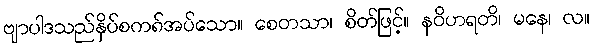
ဗျာပါဒသည်နှိပ်စက၈်အပ်သော။ စေတသာ၊ စိတ်ဖြင့်။ နဝိဟရတိ၊ မနေ၊ လ။